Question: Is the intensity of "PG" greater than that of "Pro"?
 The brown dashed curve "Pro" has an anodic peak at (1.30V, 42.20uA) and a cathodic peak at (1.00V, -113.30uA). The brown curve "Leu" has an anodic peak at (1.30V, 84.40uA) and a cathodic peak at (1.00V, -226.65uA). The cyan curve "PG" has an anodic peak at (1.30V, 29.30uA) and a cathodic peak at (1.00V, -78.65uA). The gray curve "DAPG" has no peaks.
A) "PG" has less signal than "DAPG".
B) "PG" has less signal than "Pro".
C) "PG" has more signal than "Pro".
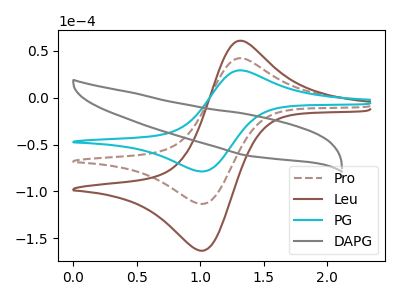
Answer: <think>All the peaks in "PG" have a peak in "Pro" at the same potential. Every peak in "PG" is lower than every peak in "Pro".
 </think>
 <answer>B) "PG" has less signal than "Pro".</answer>
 <eval>B</eval>